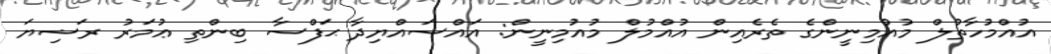
އުއްމުހާތުލް މުއުމިނީންގެ ތެރެއިން އުއްމުލް މުއުމިނީން: އައްސައްޔިދާ ޙަފްސާ ބިންތި ޢުމަރު ރަޟިޔަ